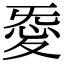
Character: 𢙴